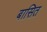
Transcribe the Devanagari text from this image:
बासित